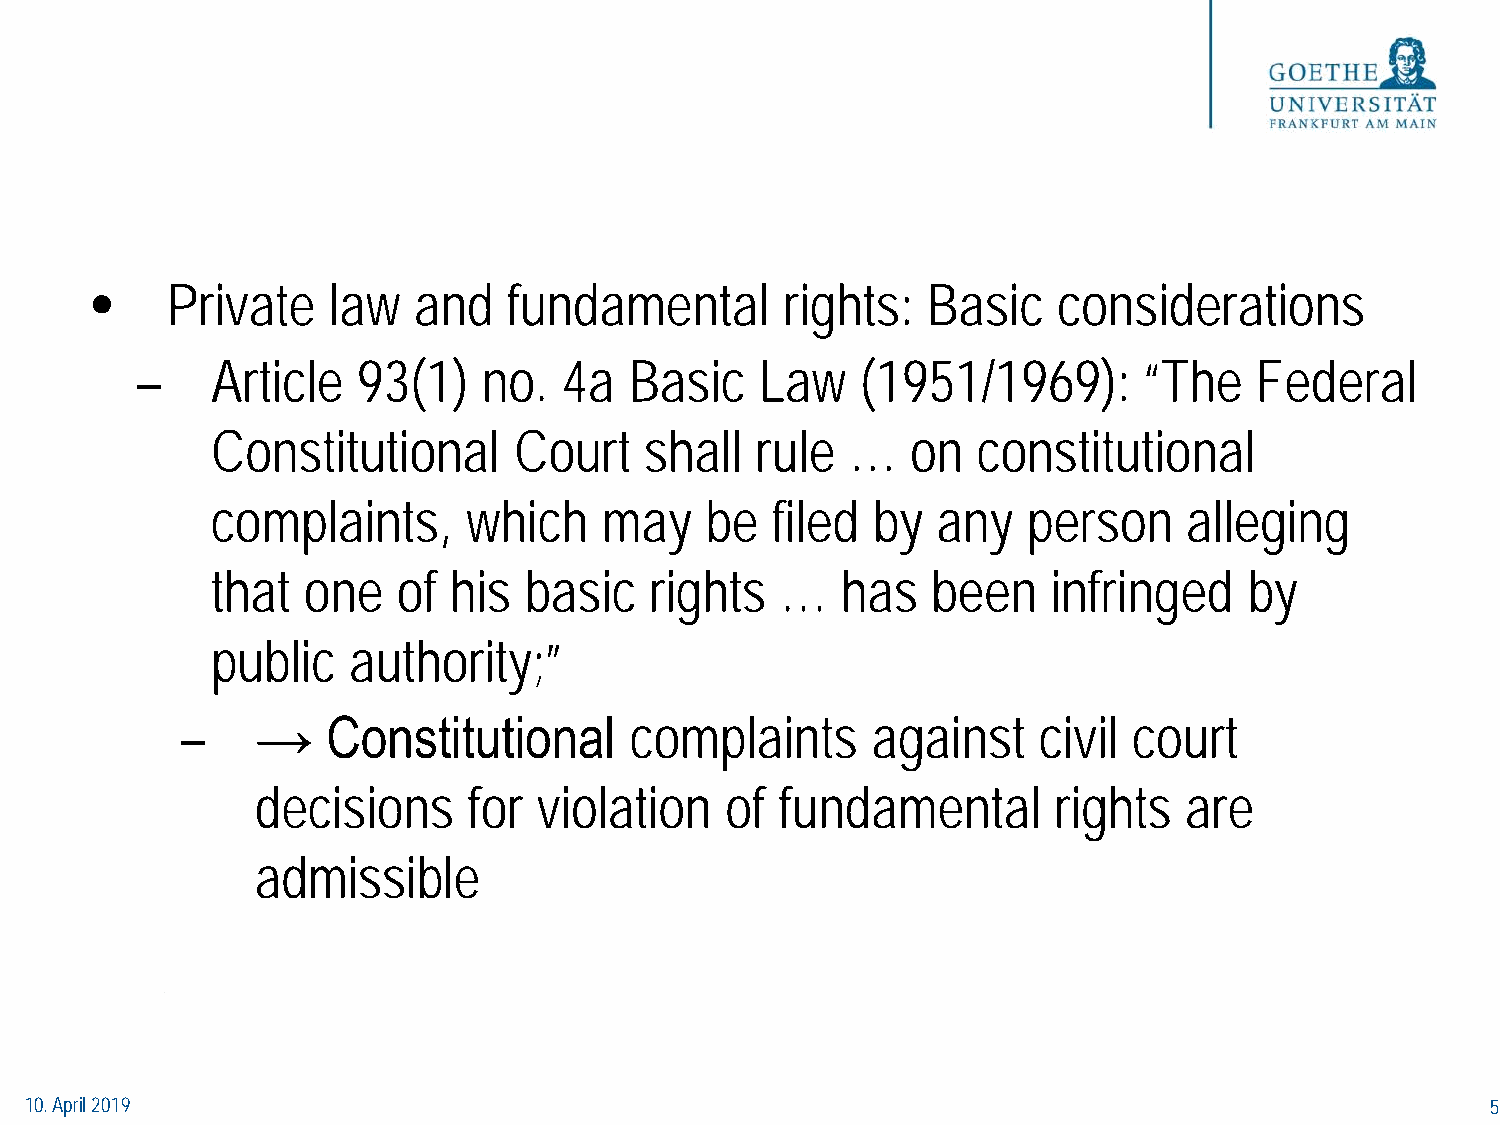
•    Private    law  and    fundamental       rights:  Basic    considerations
 –    Article   93(1)   no.  4a   Basic   Law    (1951/1969):       “The   Federal
 Constitutional      Court    shall  rule  …   on   constitutional
 complaints,      which    may    be  filed  by  any   person     alleging
 that  one   of  his  basic   rights   …   has   been    infringed    by
 public   authority;”
 –    →    Constitutional      complaints      against    civil court
 decisions     for  violation   of  fundamental       rights  are
 admissible
 10. April 2019                                                                                   5